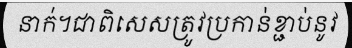
នាក់។ជាពិសេសត្រូវប្រកាន់ខ្ជាប់នូវ